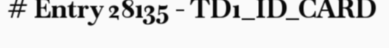
# Entry 28135 - TD1_ID_CARD